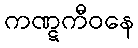
ကဏ္ဋကီဝနေ